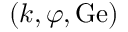
( k , \varphi , \mathrm { G e } )